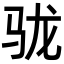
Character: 𩧪